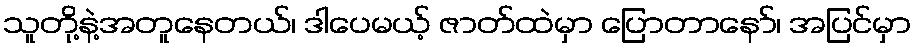
သူတို့နဲ့အတူနေတယ်၊ ဒါပေမယ့် ဇာတ်ထဲမှာ ပြောတာနော်၊ အပြင်မှာ